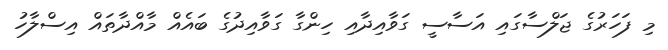
މި ފަހަރުގެ ޖަލްސާގައި އަސާސީ ގަވާއިދާއި ހިންގާ ގަވާއިދުގެ ބައެއް މާއްދާތައް އިސްލާހު